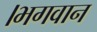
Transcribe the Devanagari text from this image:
।भगवान